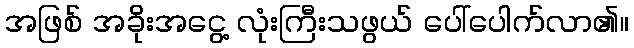
အဖြစ် အခိုးအငွေ့ လုံးကြီးသဖွယ် ပေါ်ပေါက်လာ၏။